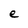
Character: e